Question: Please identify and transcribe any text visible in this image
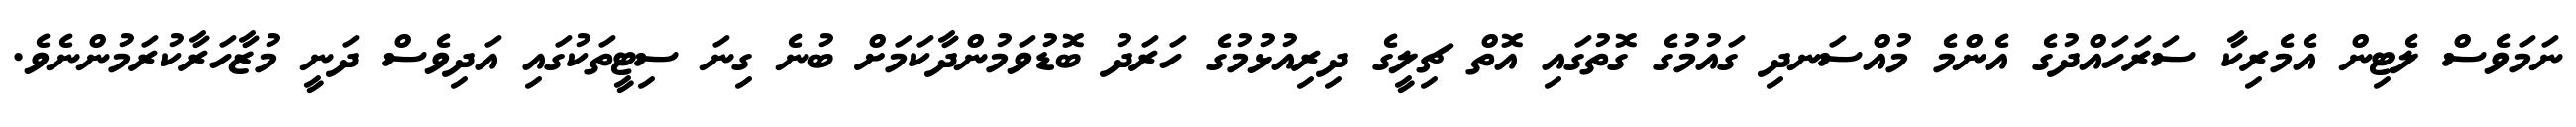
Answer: ނަމަވެސް ލެޓިން އެމެރިކާ ސަރަހައްދުގެ އެންމެ މުއްސަނދި ގައުމުގެ ގޮތުގައި އޮތް ޗިލީގެ ދިރިއުޅުމުގެ ހަރަދު ބޮޑުވަމުންދާކަމަށް ބުނެ ގިނަ ސިޓީތަކުގައި އަދިވެސް ދަނީ މުޒާހަރާކުރަމުންނެވެ.